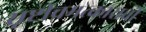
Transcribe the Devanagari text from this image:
सृष्टीचमत्काराची